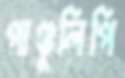
পাণ্ডুলিপি